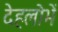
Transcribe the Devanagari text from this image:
देहलोभें